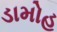
ડામોહ